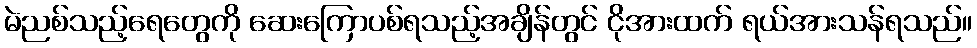
မဲညစ်သည့်ရေတွေကို ဆေးကြောပစ်ရသည့်အချိန်တွင် ငိုအားထက် ရယ်အားသန်ရသည်။